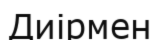
Диірмен